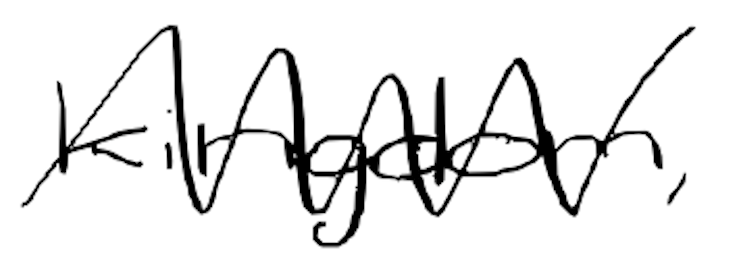
Text: kingdom,
Cross-out: zig-zag
Writing tool: digital_black